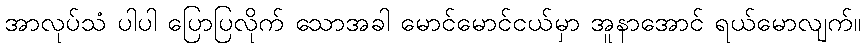
အာလုပ်သံ ပါပါ ပြောပြလိုက် သောအခါ မောင်မောင်ငယ်မှာ အူနာအောင် ရယ်မောလျက်။